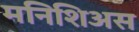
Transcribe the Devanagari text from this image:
मनिशिअस